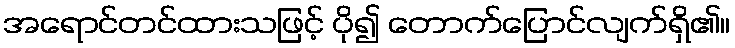
အရောင်တင်ထားသဖြင့် ပို၍ တောက်ပြောင်လျက်ရှိ၏။